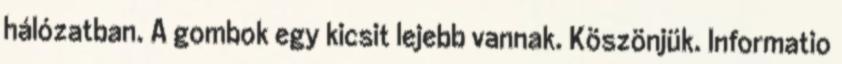
hálózatban. A gombok egy kicsit lejebb vannak. Köszönjük. Informatio